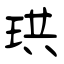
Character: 珙